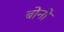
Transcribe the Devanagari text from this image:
बोनों